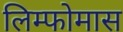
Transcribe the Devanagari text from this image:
लिम्‍फोमास